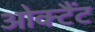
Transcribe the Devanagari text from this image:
ओक्टैंट